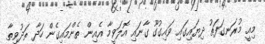
މިއީ މުރަނގަފަތު ދިޔައިގައި ވައިގުގޫ ގާނައި އޮލަވީމާ އެއިން ތެންމައިގެން ހަދާ ތަދުވިތާ